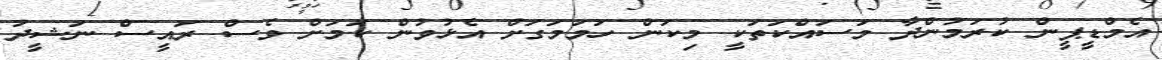
އެމްޑީޕީން ކުރަމުންދާ މަސައްކަތަކީ މިކަން ހަމަމަގަށް އެޅުވުން ކަމަށް ވެސް ރައީސް ނަޝީދު